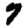
Digit: 7